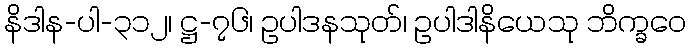
နိဒါန-ပါ-၃၁၂၊ ဋ္ဌ-၇၆၊ ဥပါဒနသုတ်၊ ဥပါဒါနိယေသု ဘိက္ခဝေ